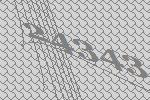
24343